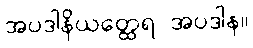
အပဒါနိယတ္ထေရ အပဒါန။